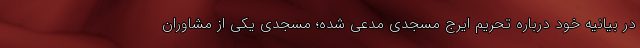
در بیانیه خود درباره تحریم ایرج مسجدی مدعی شده؛ مسجدی یکی از مشاوران